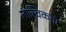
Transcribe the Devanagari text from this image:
तात्त्विकता